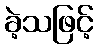
ခဲ့သဖြင့်